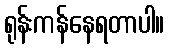
ရုန်းကန်နေရတာပါ။